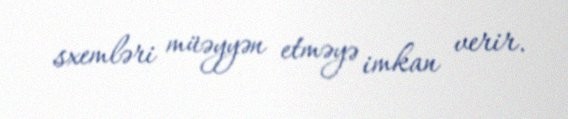
sxemləri müəyyən etməyə imkan verir.